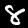
Label: 8